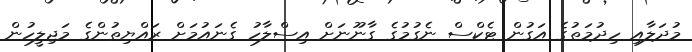
މުދަލާއި ހިދުމަތުގެ އަގުން ޓެކްސް ނެގުމުގެ ގާނޫނަށް އިސްލާހު ގެނައުމަށް ރައްޔިތުންގެ މަޖިލީހުން